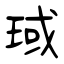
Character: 琙